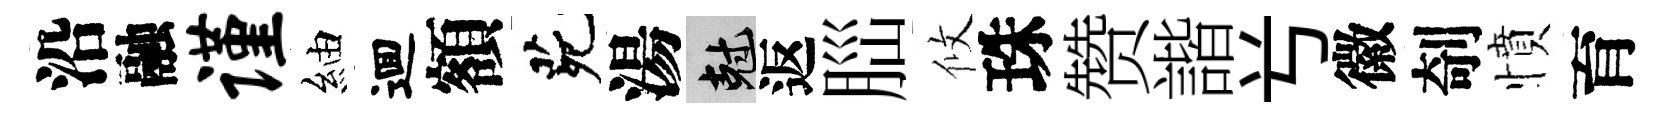
沿融谨紬逥額茕湯剋返𦛁攸珠赞諧𠔃徽剞憤育